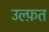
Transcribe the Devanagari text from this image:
उल्फ़त